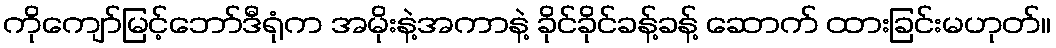
ကိုကျော်မြင့်ဘော်ဒီရုံက အမိုးနဲ့အကာနဲ့ ခိုင်ခိုင်ခန့်ခန့် ဆောက် ထားခြင်းမဟုတ်။